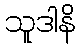
သူဒါနိ